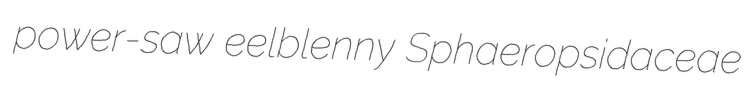
power-saw eelblenny Sphaeropsidaceae